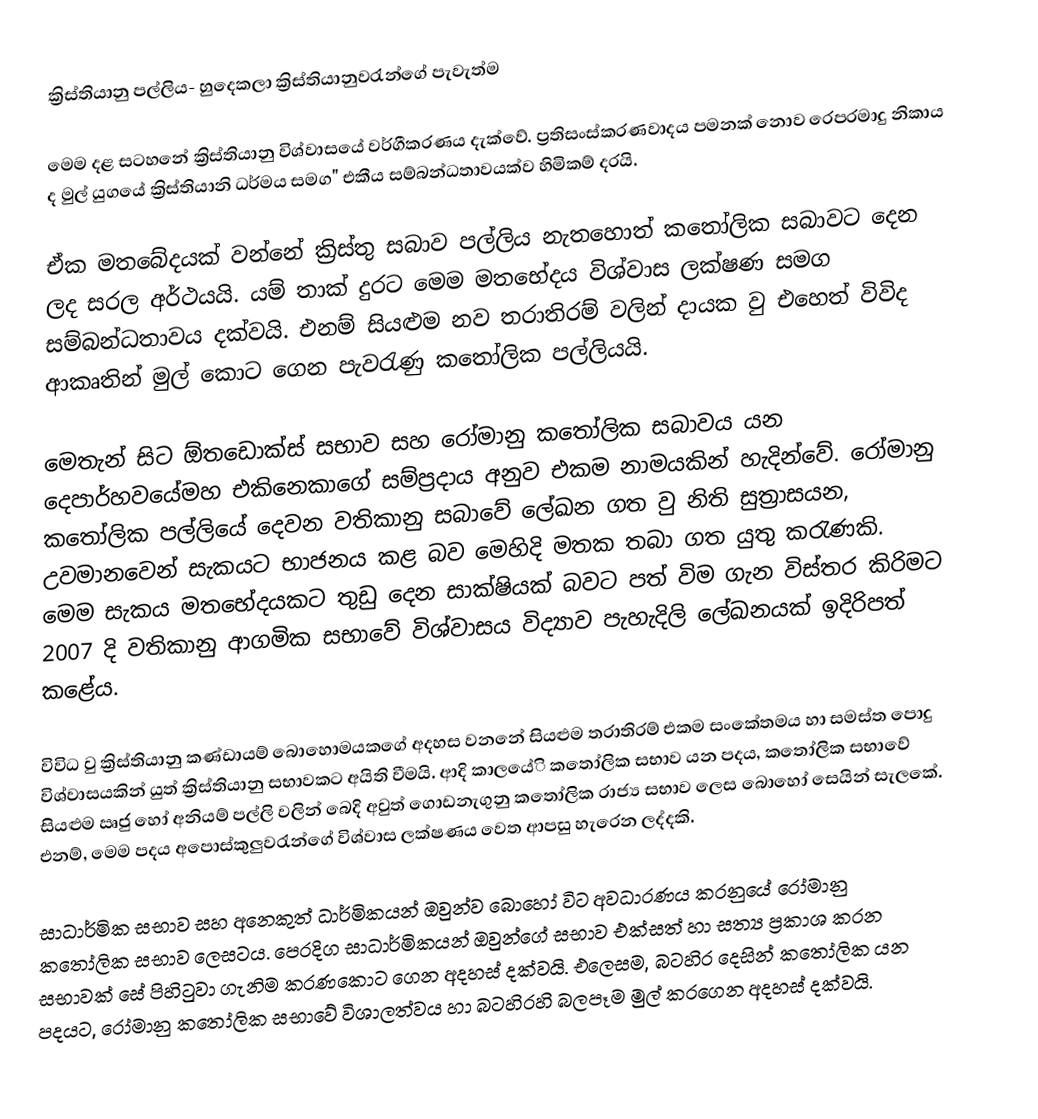
ක්‍රිස්තියානු පල්ලිය- හුදෙකලා ක්‍රිස්තියානුවරැන්ගේ පැවැත්ම

මෙම දළ සටහනේ ක්‍රිස්තියානු විශ්වාසයේ වර්ගීකරණය දැක්වේ. ප්‍රතිසංස්කරණවාදය පමනක් නොව රෙපරමාදු නිකාය ද මුල් යුගයේ ක්‍රිස්තියානි ධර්මය සමග" එකීය සම්බන්ධතාවයක්ව හිමිකම් දරයි.

ඒක මතබේදයක් වන්නේ ක්‍රිස්තු සබාව පල්ලිය නැතහොත් කතෝලික සබාවට දෙන ලද සරල අර්ථයයි. යම් තාක් දුරට මෙම මතභේදය  විශ්වාස ලක්ෂණ සමග සම්බන්ධතාවය දක්වයි. එනම් සියළුම නව තරාතිරම් වලින් දායක වු එහෙත් විවිද ආකෘතින් මුල් කොට ගෙන පැවරැණු කතෝලික පල්ලියයි.

මෙතැන් සිට ඕතඩොක්ස් සභාව සහ රෝමානු කතෝලික සබාවය යන දෙපාර්හවයේමහ එකිනෙකාගේ සම්ප්‍රදාය අනුව එකම නාමයකින් හැදින්වේ. රෝමානු කතෝලික පල්ලියේ දෙවන වතිකානු සබාවේ ලේඛන ගත වු නිති සුත්‍රාසයන, උවමානවෙන් සැකයට භාජනය කළ බව මෙහිදි මතක තබා ගත යුතු කරැණකි. මෙම සැකය මතභේදයකට තුඩු දෙන සාක්ෂියක් බවට පත් විම ගැන විස්තර කිරි‍මට 2007 දි වතිකානු ආගමික සභාවේ විශ්වාසය විද්‍යාව පැහැදිලි ලේඛනයක් ඉදිරිපත් කළේය.

විවිධ වු ක්‍රිස්තියානු කණ්ඩායම් බොහොමයකගේ අදහස වනනේ සියළුම තරාතිරම් එකම සංකේතමය හා සමස්ත පොදු විශ්වාසයකින් යුත් ක්‍රිස්තියානු සභාවකට අයිති වීමයි. ආදි කාලයේි කතෝලික සභාව යන පදය, කතෝලික සභාවේ සියළුම ඍජු හෝ අනියම් පල්ලි වලින් බෙදි අවුත් ගොඩනැගුනු කතෝලික රාජ්‍ය සභාව ලෙස බොහෝ සෙයින් සැලකේ. එනම්, මෙම පදය අපොස්කුලුවරැන්ගේ විශ්වාස ලක්ෂණය වෙත ආපසු හැරෙන ලද්දකි.

සාධාර්මික සභාව සහ ‍අනෙකුත් ධාර්මිකයන් ඔවුන්ව බොහෝ විට අවධාරණය කරනුයේ රෝමානු කතෝලික සභාව ලෙසටය. පෙරදිග සාධාර්මිකයන් ඔවුන්ගේ සභාව එක්සත් හා සත්‍ය ප්‍රකාශ කරන සභාවක් සේ පිහිටුවා ගැනිම කරණකොට ගෙන අදහස් දක්වයි. එලෙසම, බටහිර දෙසින් කතෝලික යන පදයට, රෝමානු කතෝලික සභාවේ විශාලත්වය හා බටහිරහි බලපෑම මුල් කරගෙන අදහස් දක්වයි.